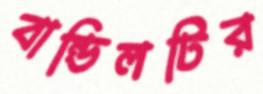
বান্ডিলটির